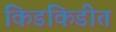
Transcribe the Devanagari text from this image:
किडकिडीत